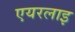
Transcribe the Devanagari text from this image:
एयरलाइ